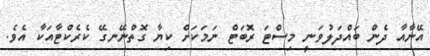
އޭނާއާ ދެން ބައްދަލުވަނީ މިސްޓަ ރޮބަޓް ނަމަކަށް ކިޔާ ގޮތްނޭނގޭ ކެރެކްޓާއަކާ އެވެ.